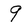
Character: 9